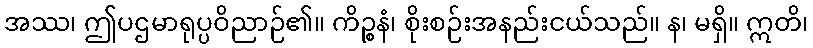
အဿ၊ ဤပဌမာရုပ္ပဝိညာဉ်၏။ ကိဉ္စနံ၊ စိုးစဉ်းအနည်းငယ်သည်။ န၊ မရှိ။ ဣတိ၊